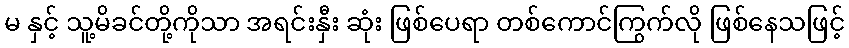
မ နှင့် သူ့မိခင်တို့ကိုသာ အရင်းနှီး ဆုံး ဖြစ်ပေရာ တစ်ကောင်ကြွက်လို ဖြစ်နေသဖြင့်